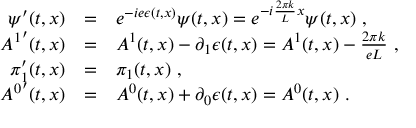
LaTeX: \begin{array} { r c l } { { \psi ^ { \prime } ( t , x ) } } & { { = } } & { { e ^ { - i e \epsilon ( t , x ) } \psi ( t , x ) = e ^ { - i \frac { 2 \pi k } { L } x } \psi ( t , x ) \ , } } \\ { { { A ^ { 1 } } ^ { \prime } ( t , x ) } } & { { = } } & { { A ^ { 1 } ( t , x ) - \partial _ { 1 } \epsilon ( t , x ) = A ^ { 1 } ( t , x ) - \frac { 2 \pi k } { e L } \ , } } \\ { { \pi _ { 1 } ^ { \prime } ( t , x ) } } & { { = } } & { { \pi _ { 1 } ( t , x ) \ , \ } } \\ { { { A ^ { 0 } } ^ { \prime } ( t , x ) } } & { { = } } & { { A ^ { 0 } ( t , x ) + \partial _ { 0 } \epsilon ( t , x ) = A ^ { 0 } ( t , x ) \ . } } \end{array}